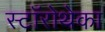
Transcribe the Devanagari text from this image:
स्टॉरोथेका